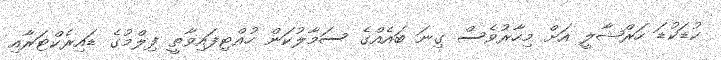
ކުޑަކުޑަ ހަރްޝާލީ އަށް މިހާރުވެސް ގިނަ ބައެއްގެ ސަމާލުކަން ހުއްޓިފައިވާތީ ފިލްމުގެ ޑައިރެކްޓަރާއި